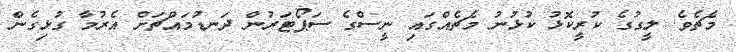
މެޗެވެ. ލީގުގެ ކުރީކޮޅު ކުޅުނު މެޗެއްގައި ނީސްގެ ސަޕޯޓަރުން ދަނޑުމައްޗަށް އެރުމާ ގުޅިގެން